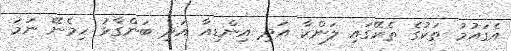
އެގައުމު ތަކުގެ ތެރޭގައި ލަންކާ އަދި އިންޑިއާ އަދި ބަންގާޅު ހިމެނޭ ނަމަ